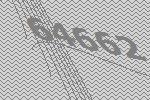
64662